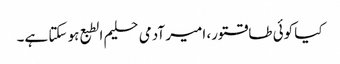
کیا کوئی طاقتور، امیر آدمی حلیم الطبع ہو سکتا ہے۔